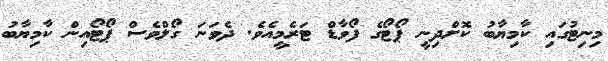
މިނިޓުގައި ކާމިޔާބު ކޮށްދިނީ ޕޯޓޯގެ ފޯވާޑް ޓަރެމީއެވެ. ދެވަނަ ގޯލްވެސް ޕޯޓޯއިން ކާމިޔާބު